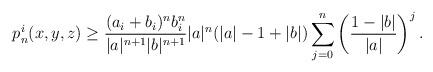
LaTeX: \begin{align*}p^i_{n}(x,y,z)\geq \frac{(a_i+b_i)^n b_i^n}{|a|^{n+1}|b|^{n+1}}|a|^n (|a|-1+|b|)\sum_{j=0}^n \left(\frac{1-|b|}{|a|} \right)^j.\end{align*}